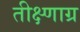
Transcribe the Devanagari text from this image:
तीक्ष्णाग्र